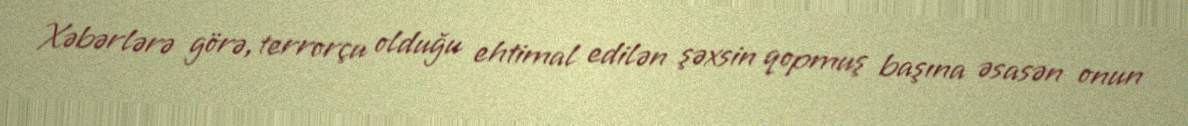
Xəbərlərə görə, terrorçu olduğu ehtimal edilən şəxsin qopmuş başına əsasən onun